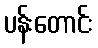
ပန်းတောင်း